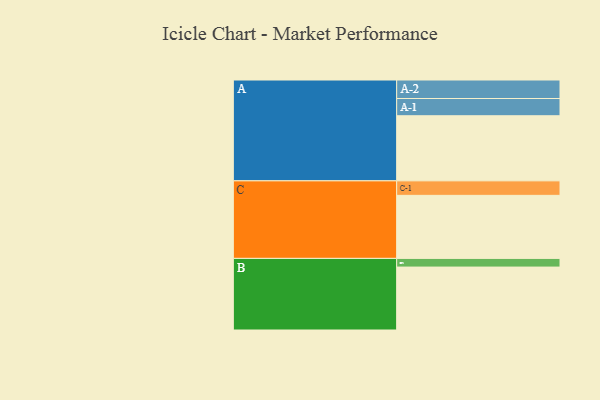
{"axis": {"x": "Segment", "y": "Value"}, "legend": ["", "A", "B", "C"], "data": [{"x": "A", "y": 570, "type": ""}, {"x": "B", "y": 551, "type": ""}, {"x": "C", "y": 552, "type": ""}, {"x": "A-1", "y": 151, "type": "A"}, {"x": "A-2", "y": 162, "type": "A"}, {"x": "B-1", "y": 76, "type": "B"}, {"x": "C-1", "y": 127, "type": "C"}]}